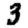
Digit: 3